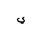
Letter: _ya